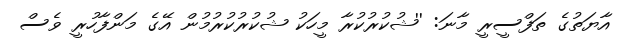
އާޔަތުގެ ތަފްސީރީ މާނަ: ''ޝުކުރުކުރާ މީހަކު ޝުކުރުކުރުމުން އޭގެ މަންފާހުރީ ވެސް